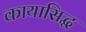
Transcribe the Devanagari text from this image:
कायासिद्ध